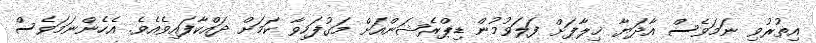
އިތުރުވި ނަމަވެސް އާދަޔާ ޚިލާފަށް ފަލަވުމުން ޑިޕްރެޝަންއަށް މަގުފަހިވާ ކަމަށް ދައްކާފައިވެއެވެ. އެހެންނަމަވެސް